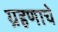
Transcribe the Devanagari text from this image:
ग्रहणाचे